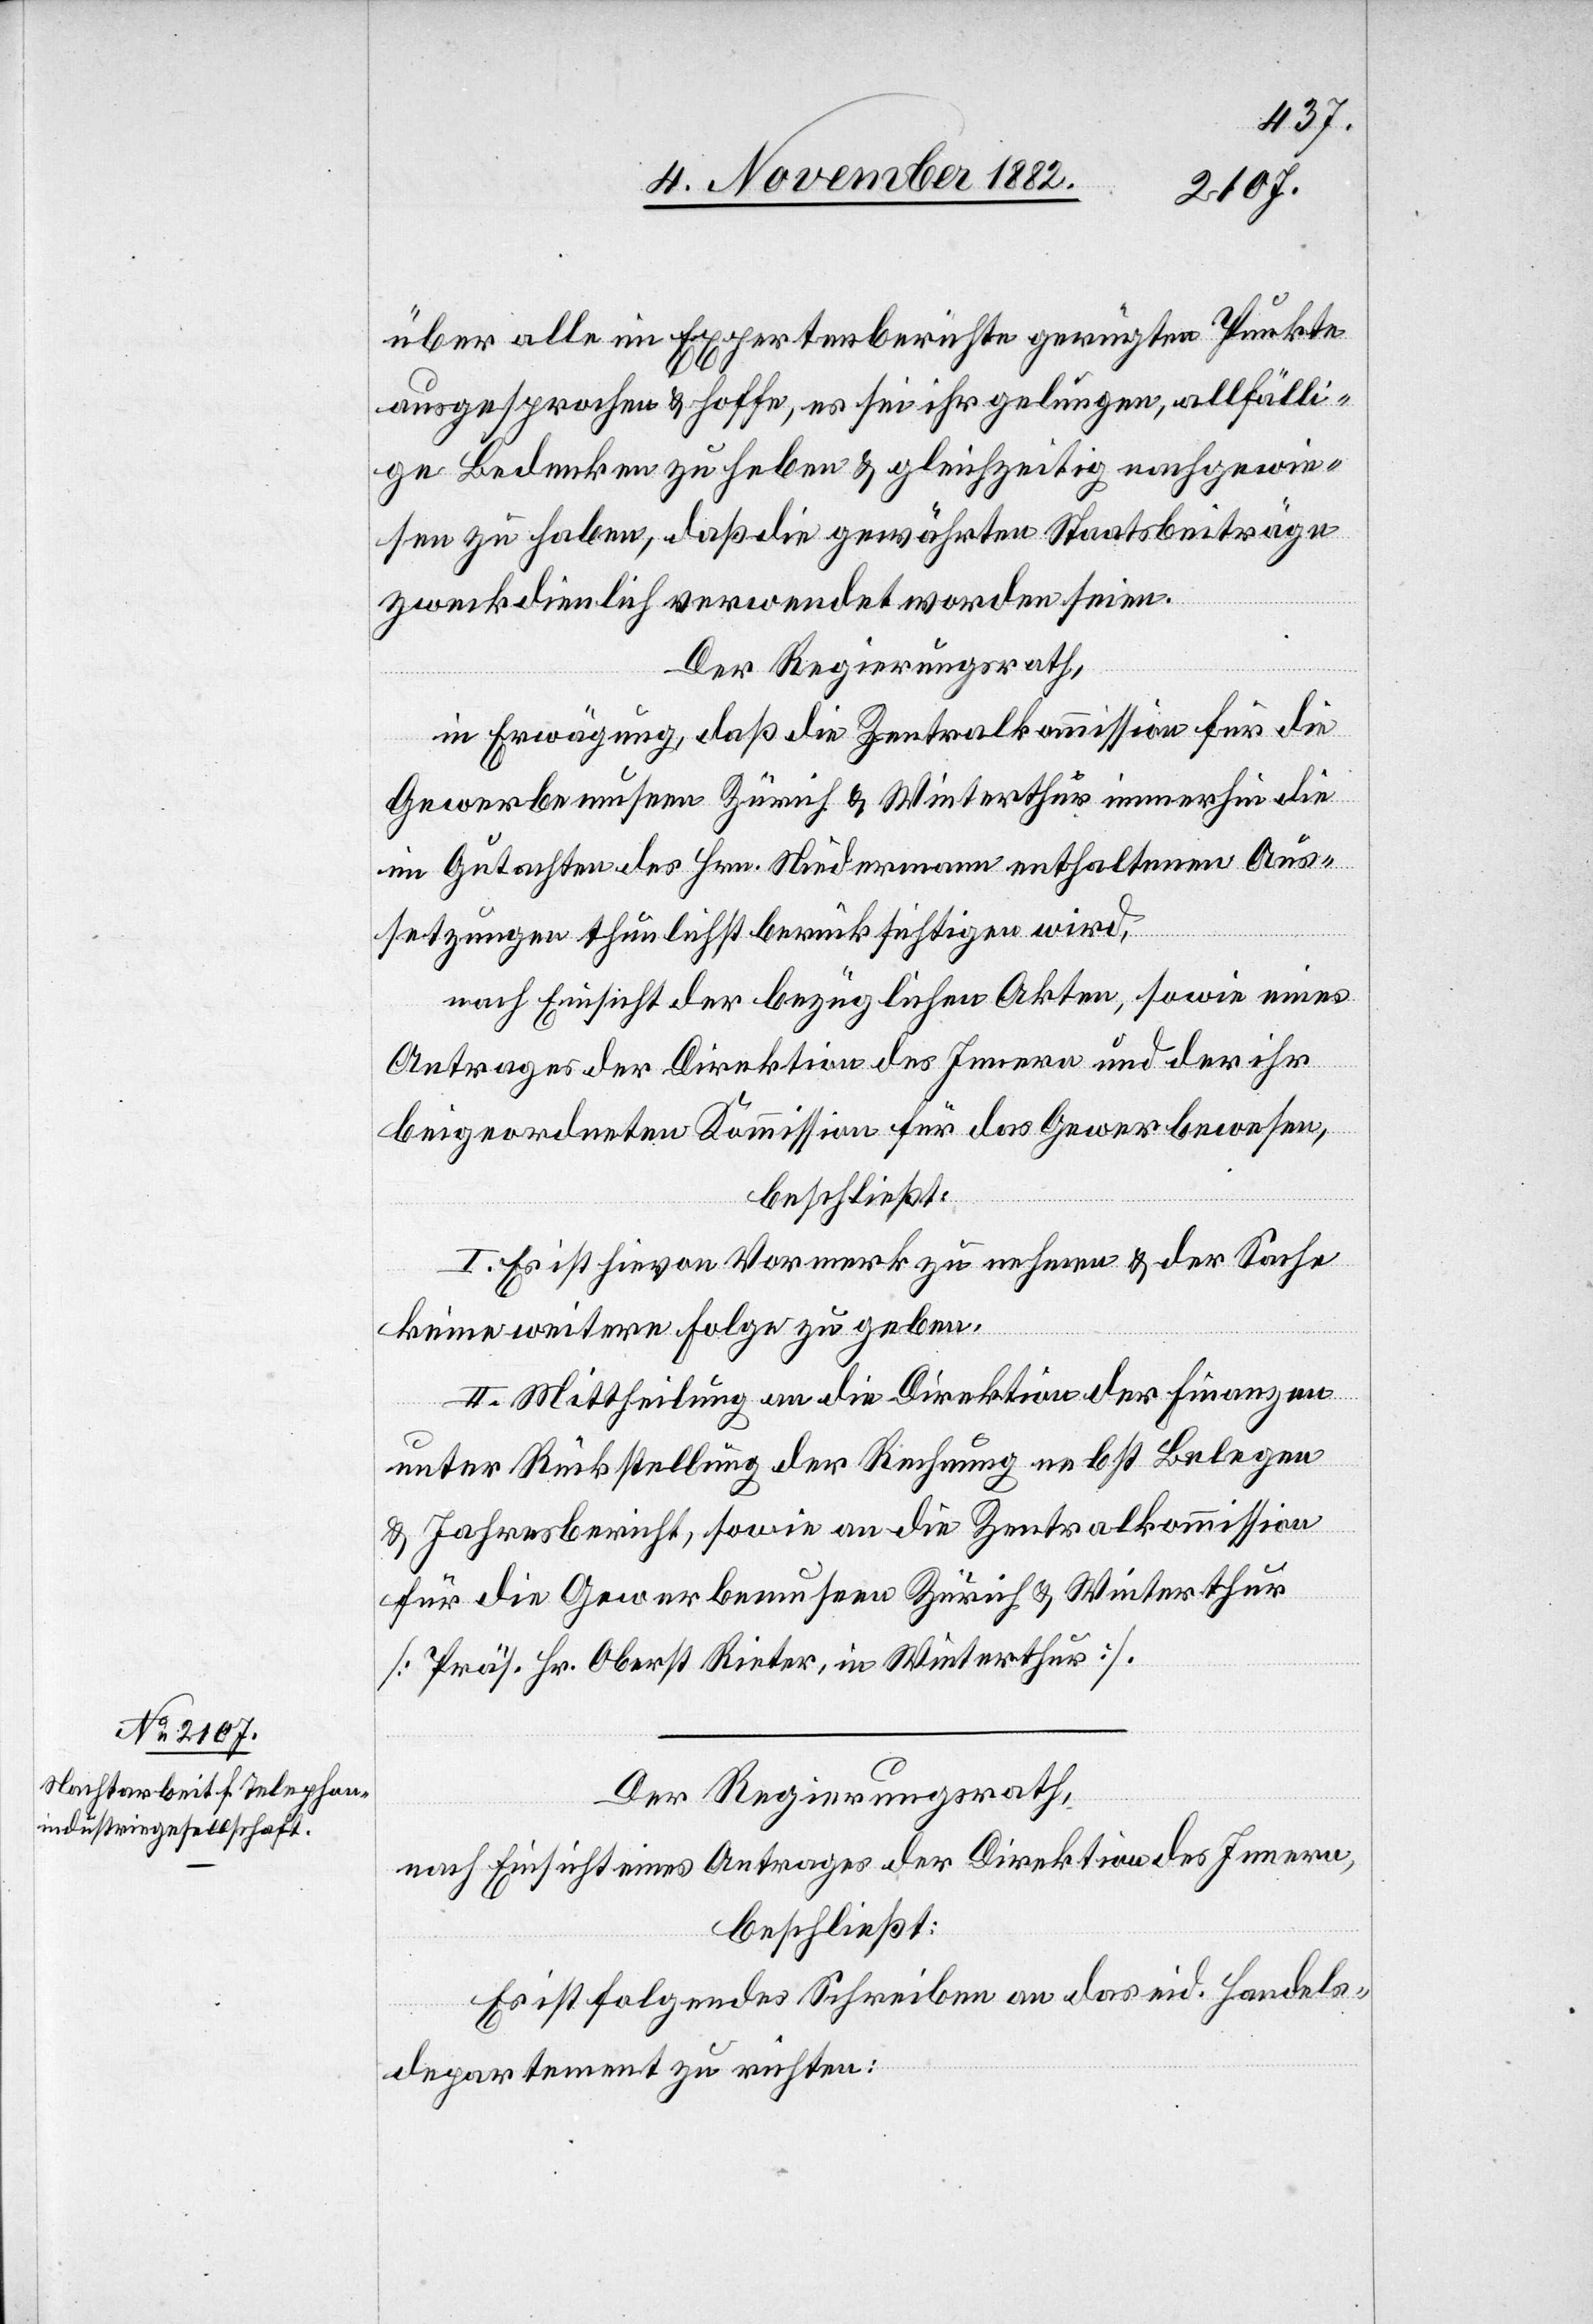
über alle im Expertenberichte gerügten Punkte
ausgesprochen & hoffe, es sei ihr gelungen, allfälli¬
ge Bedenken zu heben & gleichzeitig nachgewie¬
sen zu haben, daß die gewährten Staatsbeiträge
zweckdienlich verwendet worden seien.
Der Regierungsrath,
in Erwägung, daß die Zentralkommission für die
Gewerbemuseen Zürich & Winterthur immerhin die
im Gutachten des Hrn. Niedermann enthaltenen Aus¬
setzungen thunlichst berücksichtigen wird,
nach Einsicht der bezüglichen Akten, sowie eines
Antrages der Direktion des Innern und der ihr
beigeordneten Kommission für das Gewerbewesen,
beschließt:
I. Es ist hievon Vormerk zu nehmen & der Sache
keine weitere Folge zu geben.
II. Mittheilung an die Direktion der Finanzen
unter Rückstellung der Rechnung nebst Belegen
& Jahresbericht, sowie an die Zentralkommission
für die Gewerbemuseen Zürich & Winterthur
[Präs. Hr. Oberst Rieter, in Winterthur].
Der Regierungsrath,
nach Einsicht eines Antrages der Direktion des Innern,
beschließt:
Es ist folgendes Schreiben an das eid. Handels¬
departement zu richten: